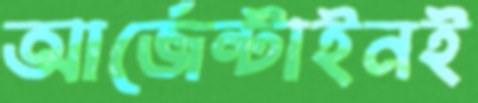
আর্জেন্টাইনই